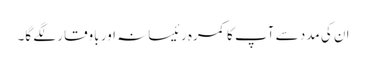
ان کی مدد سے آپ کا کمرہ رئیسانہ اور باوقار لگے گا۔